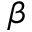
\beta